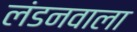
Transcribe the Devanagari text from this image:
लंडनवाला